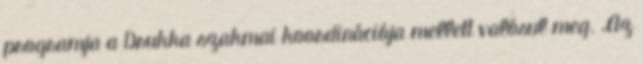
programja a Drukka szakmai koordinációja mellett valósul meg. „Az